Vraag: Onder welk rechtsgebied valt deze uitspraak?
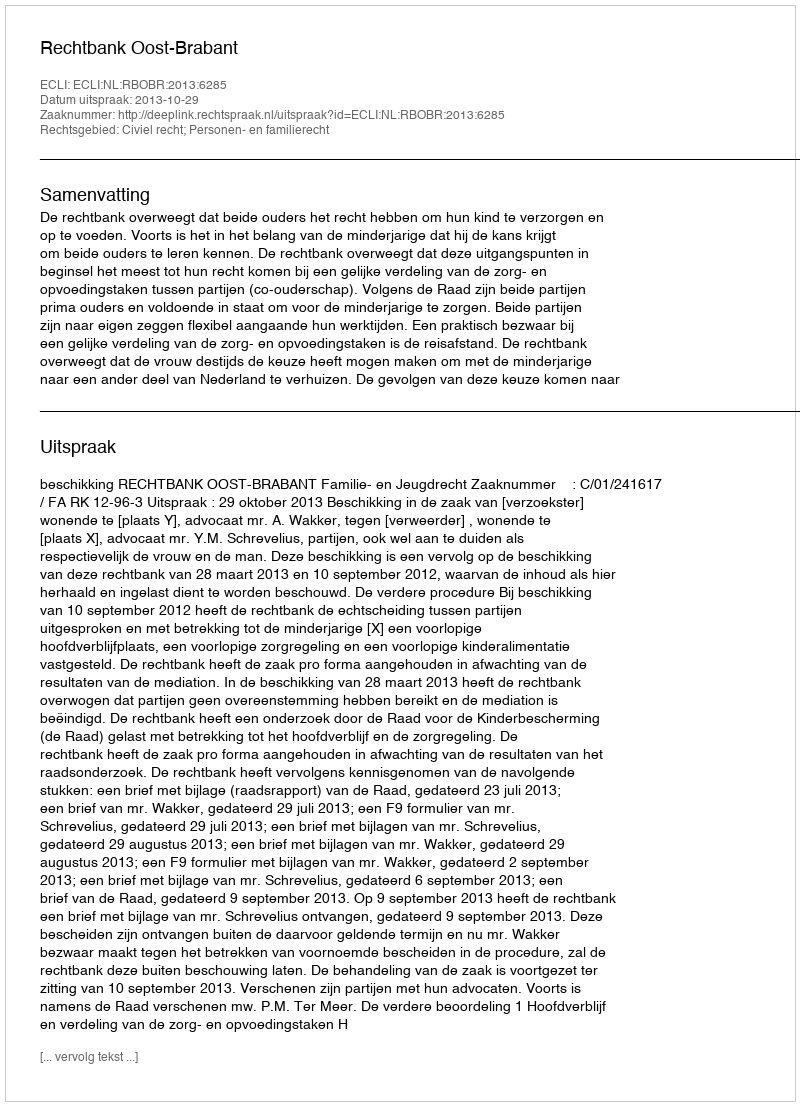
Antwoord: Civiel recht; Personen- en familierecht